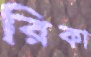
রিকা